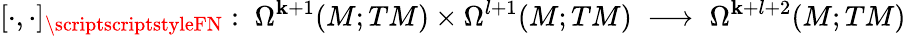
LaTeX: [\cdot,\cdot]_{\scriptscriptstyleFN}:\; \Omega^{\mathbf{k}+1}(M;TM)\times\Omega^{l+1}(M;TM)\; \longrightarrow\; \Omega^{\mathbf{k}+l+2}(M;TM)